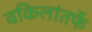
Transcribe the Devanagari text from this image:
वकिलांतर्फे